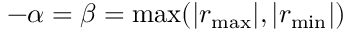
- \alpha = \beta = \operatorname* { m a x } ( | r _ { \operatorname* { m a x } } | , | r _ { \operatorname* { m i n } } | )